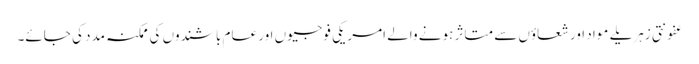
عفونتی زہریلے مواد اور شعاؤں سے متاثر ہونے والے امریکی فوجیوں اور عام باشندوں کی ممکنہ مدد کی جائے۔